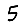
Digit: 5